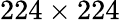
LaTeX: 224\times 224